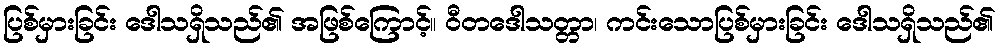
ပြစ်မှားခြင်း ဒေါသရှိသည်၏ အဖြစ်ကြောင့်။ ဝီတဒေါသတ္တာ၊ ကင်းသောပြစ်မှားခြင်း ဒေါသရှိသည်၏